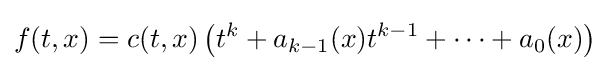
f(t,x)=c(t,x)\left(t^{k}+a_{k-1}(x)t^{k-1}+\cdots +a_{0}(x)\right)